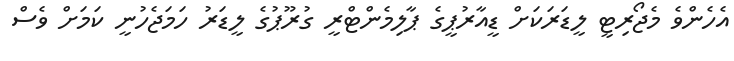
އެހެންވެ މެޖޯރިޓީ ލީޑަރަކަށް ޑީއާރުޕީގެ ޕާލިމެންޓްރީ ގުރޫޕުގެ ލީޑަރު ހަމަޖެހުނީ ކަމަށް ވެސް